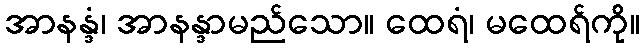
အာနန္ဒံ၊ အာနန္ဒာမည်သော။ ထေရံ၊ မထေရ်ကို။